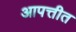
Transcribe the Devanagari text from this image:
आपत्तीत